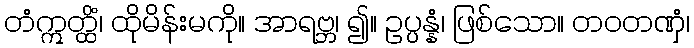
တံဣတ္ထိံ၊ ထိုမိန်းမကို။ အာရဗ္ဘ၊ ၍။ ဥပ္ပန္နံ၊ ဖြစ်သော။ တဝတဏှံ၊